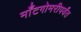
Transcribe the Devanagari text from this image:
माँटगोमरीपर्यंत